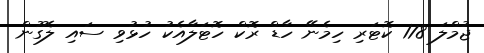
ޖުމްލަ 178 ކޮޓަރި ހިމެނޭ ހާޑް ރޮކް ހޮޓަލާއެކު ހުޅުވި ސައި ލެގޫން